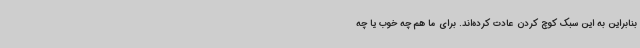
بنابراین به این سبک کوچ کردن عادت کرده‌اند. برای ما هم چه خوب یا چه